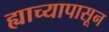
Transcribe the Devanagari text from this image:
ह्याच्यापासून